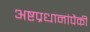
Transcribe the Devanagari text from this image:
अष्टप्रधानांपैकी